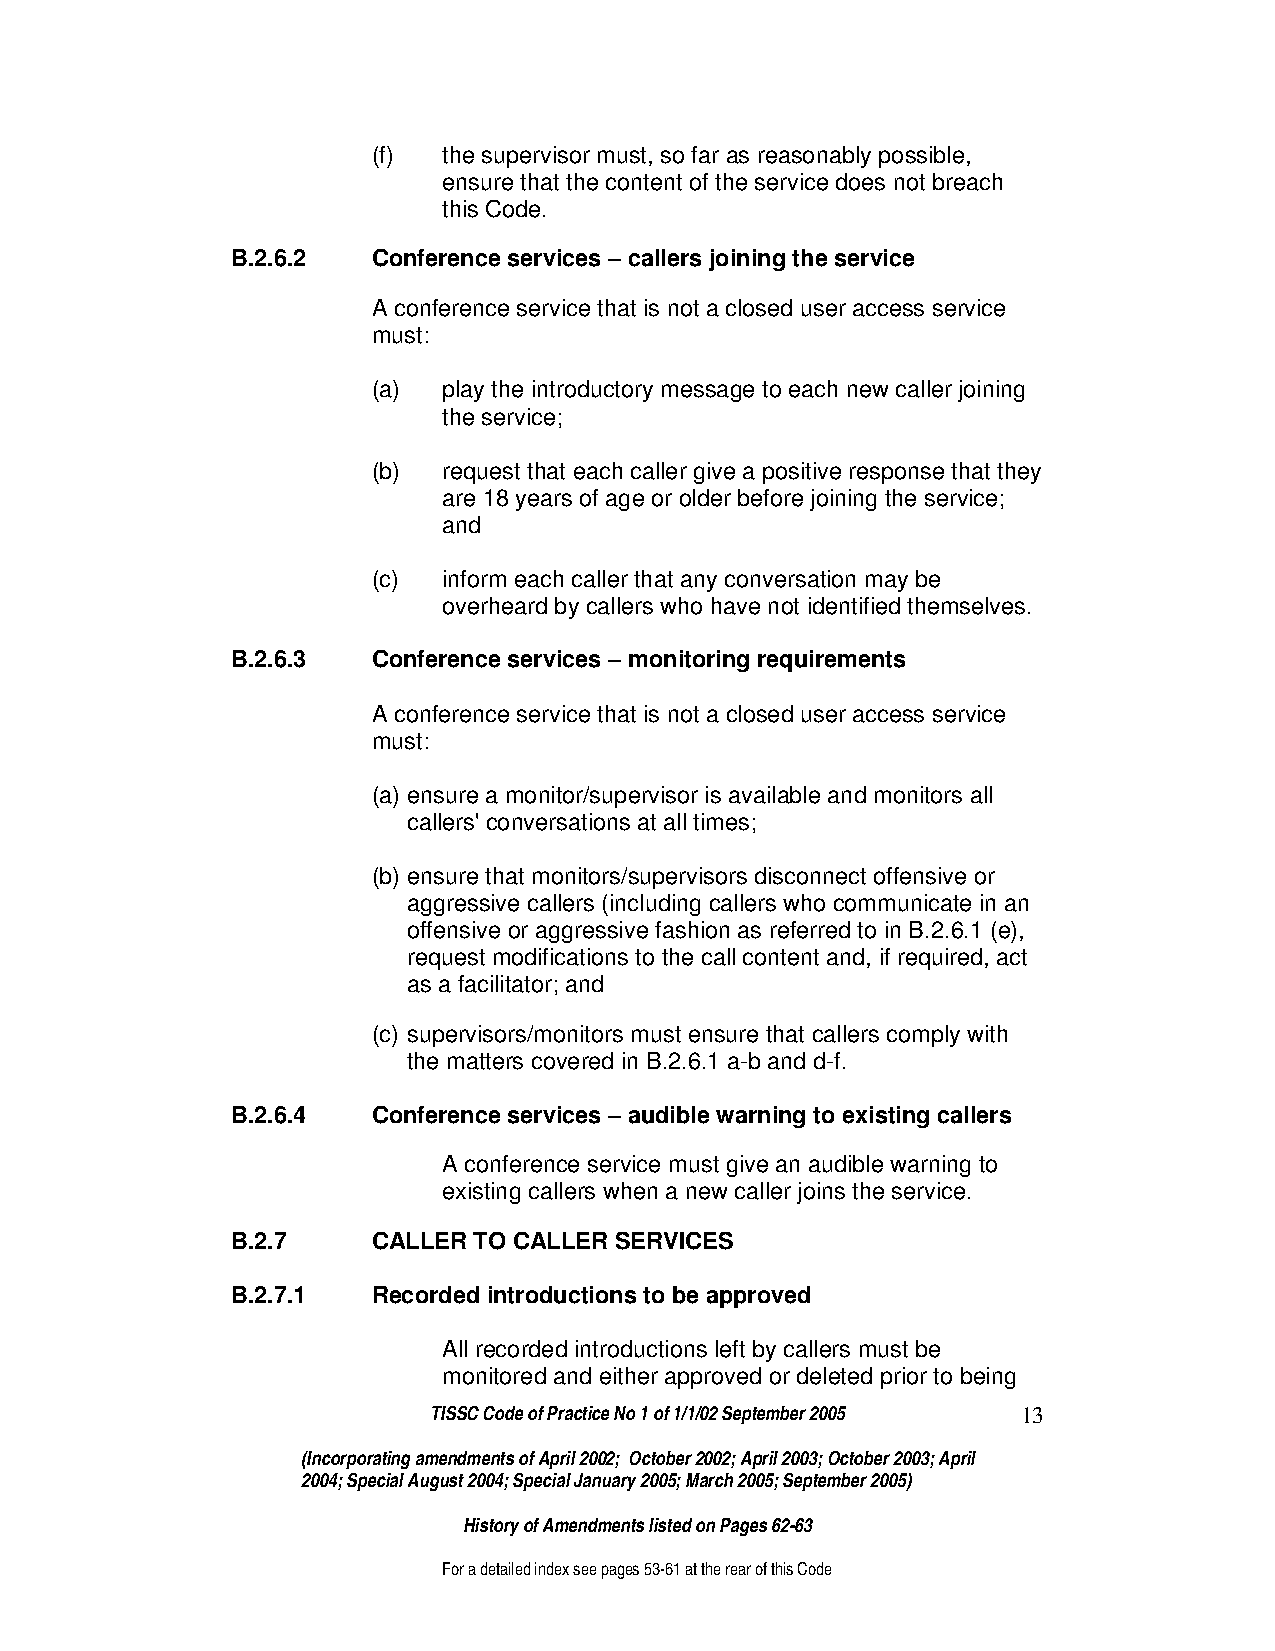
(f) the supervisor must, so far as reasonably possible,
 ensure that the content of the service does not breach
 this Code.
 B.2.6.2   Conference services – callers joining the service
 A conference service that is not a closed user access service
 must:
 (a) play the introductory message to each new caller joining
 the service;
 (b) request that each caller give a positive response that they
 are 18 years of age or older before joining the service;
 and
 (c) inform each caller that any conversation may be
 overheard by callers who have not identified themselves.
 B.2.6.3   Conference services – monitoring requirements
 A conference service that is not a closed user access service
 must:
 (a) ensure a monitor/supervisor is available and monitors all
 callers' conversations at all times;
 (b) ensure that monitors/supervisors disconnect offensive or
 aggressive callers (including callers who communicate in an
 offensive or aggressive fashion as referred to in B.2.6.1 (e),
 request modifications to the call content and, if required, act
 as a facilitator; and
 (c) supervisors/monitors must ensure that callers comply with
 the matters covered in B.2.6.1 a-b and d-f.
 B.2.6.4   Conference services – audible warning to existing callers
 A conference service must give an audible warning to
 existing callers when a new caller joins the service.
 B.2.7     CALLER TO CALLER SERVICES
 B.2.7.1   Recorded introductions to be approved
 All recorded introductions left by callers must be
 monitored and either approved or deleted prior to being
 TISSC Code of Practice No 1 of 1/1/02 September 2005 13
 (Incorporating amendments of April 2002; October 2002; April 2003; October 2003; April
 2004; Special August 2004; Special January 2005; March 2005; September 2005)
 History of Amendments listed on Pages 62-63
 For a detailed index see pages 53-61 at the rear of this Code